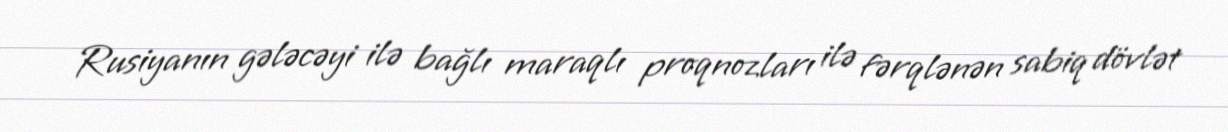
Rusiyanın gələcəyi ilə bağlı maraqlı proqnozları ilə fərqlənən sabiq dövlət